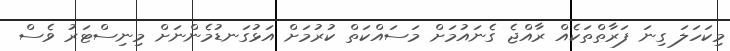
މިކަހަލަ ގިނަ ފަރާތްތަކެއް ރާއްޖެ ގެނައުމަށް މަސައްކަތް ކުރުމަށް އަޅުގަނޑުމެންނަށް މިނިސްޓަރު ވެސް